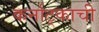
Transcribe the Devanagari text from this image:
कर्नाट्काची